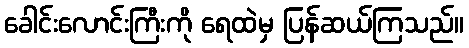
ခေါင်းလောင်းကြီးကို ရေထဲမှ ပြန်ဆယ်ကြသည်။